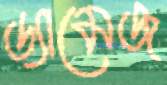
ড্যামেজ